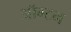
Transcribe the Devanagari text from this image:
ऑग्टन